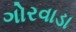
ગોરવાડા